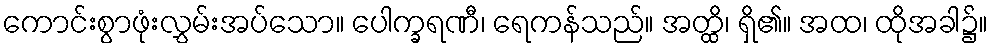
ကောင်းစွာဖုံးလွှမ်းအပ်သော။ ပေါက္ခရဏီ၊ ရေကန်သည်။ အတ္ထိ၊ ရှိ၏။ အထ၊ ထိုအခါ၌။